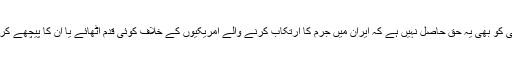
کسی کو بھی یہ حق حاصل نہیں ہے کہ ایران میں جرم کا ارتکاب کرنے والے امریکیوں کے خلاف کوئی قدم اٹھائے یا ان کا پیچھے کرے۔